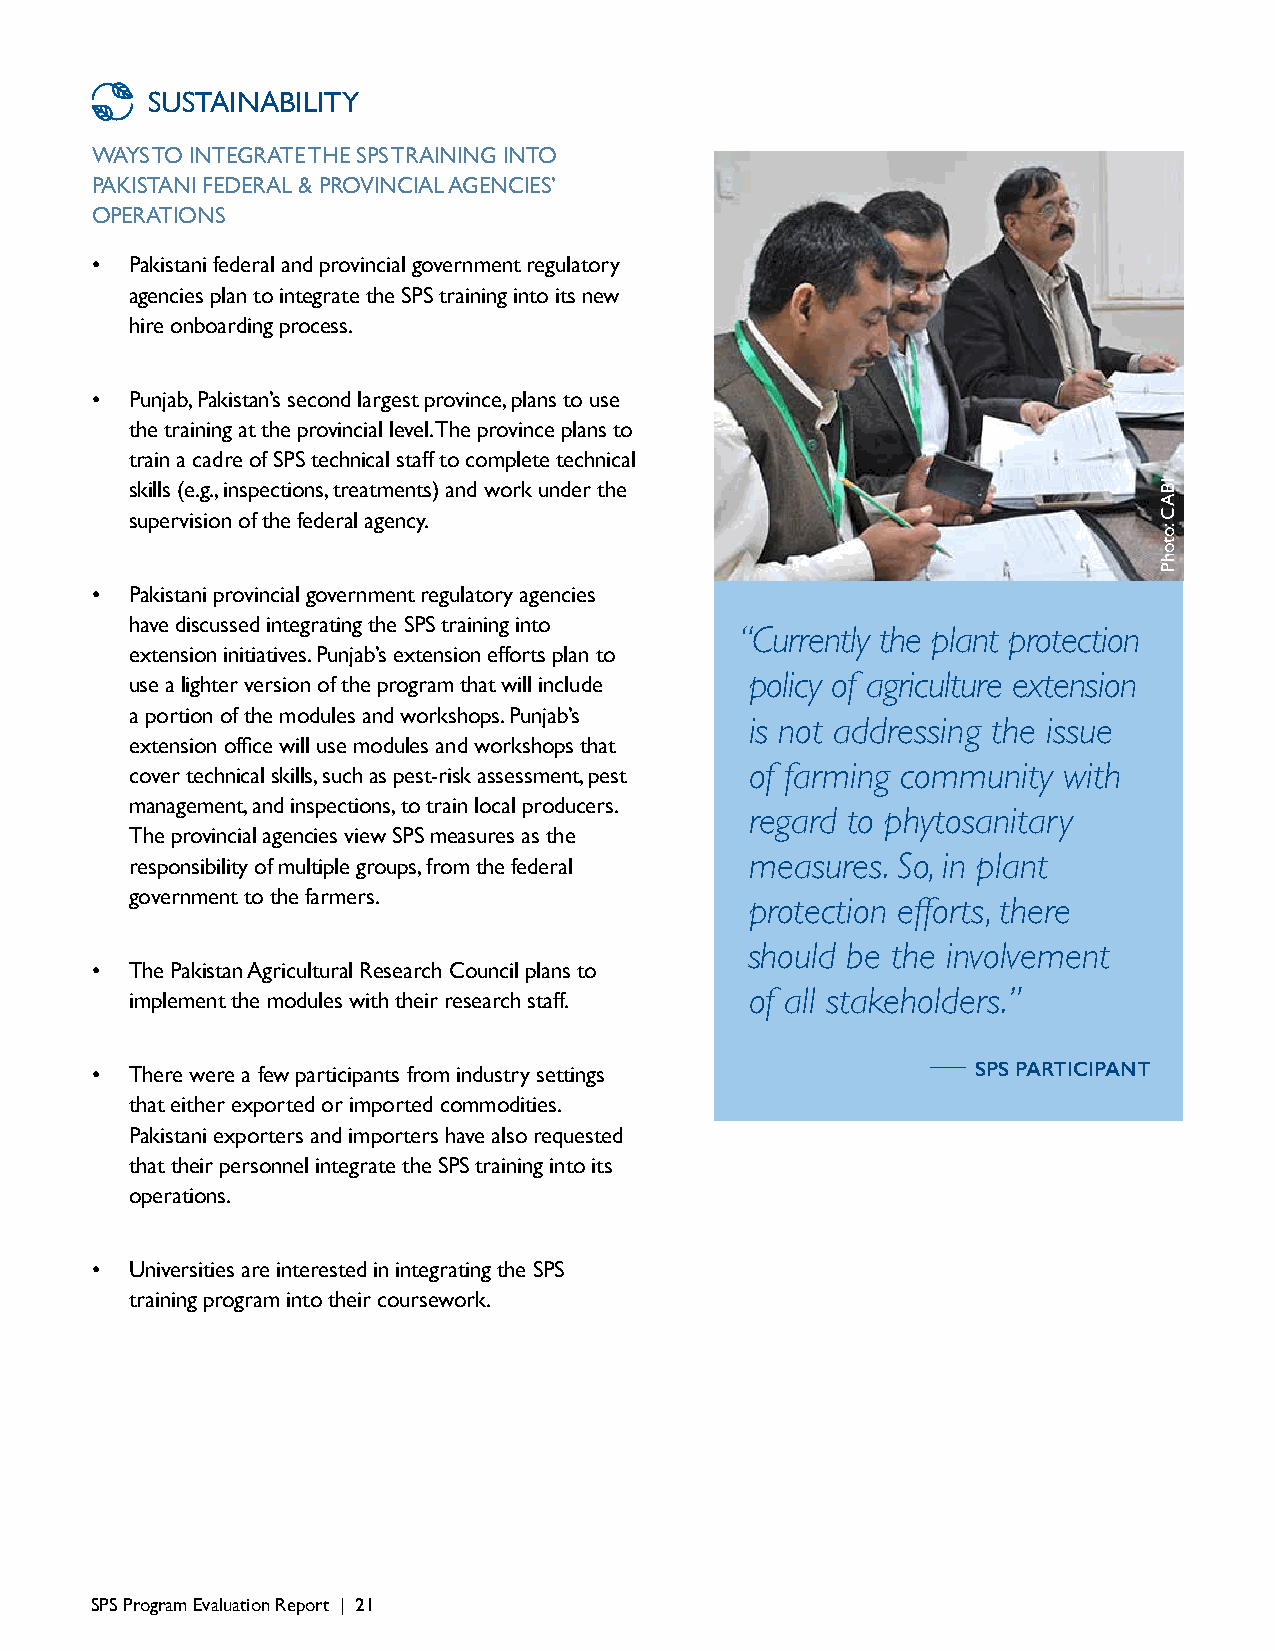
SUSTAINABILITY
 WAYS TO INTEGRATE THE SPS TRAINING INTO
 PAKISTANI FEDERAL & PROVINCIAL AGENCIES’
 OPERATIONS
 •  Pakistani federal and provincial government regulatory
 agencies plan to integrate the SPS training into its new
 hire onboarding process.
 •  Punjab, Pakistan’s second largest province, plans to use
 the training at the provincial level. The province plans to
 train a cadre of SPS technical staff to complete technical
 skills (e.g., inspections, treatments) and work under the
 supervision of the federal agency.
 •  Pakistani provincial government regulatory agencies
 have discussed integrating the SPS training into
 “Currently the plant protection
 extension initiatives. Punjab’s extension efforts plan to
 use a lighter version of the program that will include policy of agriculture extension
 a portion of the modules and workshops. Punjab’s
 is not addressing the issue
 extension office will use modules and workshops that
 of farming community with
 cover technical skills, such as pest-risk assessment, pest
 management, and inspections, to train local producers.
 regard to phytosanitary
 The provincial agencies view SPS measures as the
 measures. So, in plant
 responsibility of multiple groups, from the federal
 government to the farmers.
 protection efforts, there
 should be the involvement
 •  The Pakistan Agricultural Research Council plans to
 of all stakeholders.”
 implement the modules with their research staff.
 —
 •  There were a few participants from industry settings    SPS PARTICIPANT
 that either exported or imported commodities.
 Pakistani exporters and importers have also requested
 that their personnel integrate the SPS training into its
 operations.
 •  Universities are interested in integrating the SPS
 training program into their coursework.
 SPS Program Evaluation Report | 21
 IBAC
 :otohP